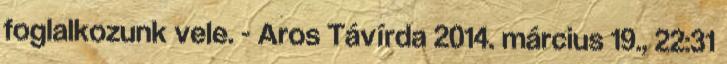
foglalkozunk vele. - Aros Távírda 2014. március 19., 22:31